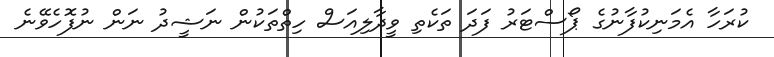
ކުރަހާ އެމަނިކުފާނުގެ ޕޯސްޓަރު ފަދަ ތަކެތި ވީދާލިއަސް ހިތްތަކުން ނަޝީދު ނަން ނުފޮހެވޭނެ